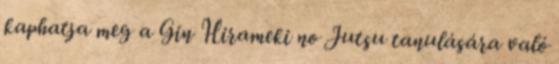
kaphatja meg a Gin Hirameki no Jutsu tanulására való